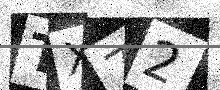
Text: TX72